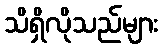
သိရှိလိုသည်များ